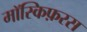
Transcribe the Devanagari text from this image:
मॉस्किफ़रस